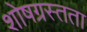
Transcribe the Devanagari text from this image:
शोषग्रस्तता